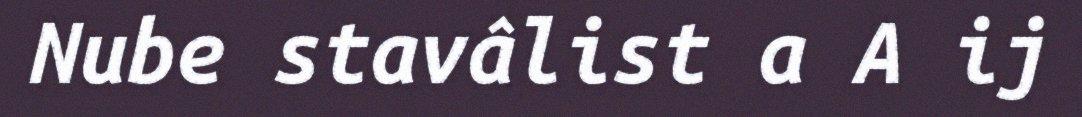
Nube stavâlist a A ij